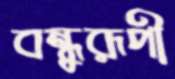
বন্ধুরূপী